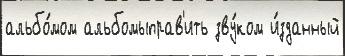
альбо́мом альбомыправ'ить зву́ком и́зданный